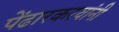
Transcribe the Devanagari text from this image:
पेंढारकरयांनी